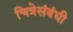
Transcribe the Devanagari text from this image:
चित्रेसंबंधी